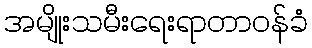
အမျိုးသမီးရေးရာတာဝန်ခံ